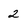
Character: 2